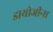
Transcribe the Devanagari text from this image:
डायोजीन्स